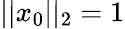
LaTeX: \vert\vert x_{0}\vert\vert_{2}=1